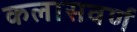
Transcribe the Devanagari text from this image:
कलासवर्ण